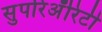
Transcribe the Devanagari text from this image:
सुपरिअॅरिटी